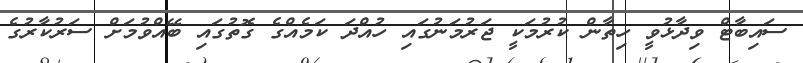
ސައިބާޓް ވިދާޅުވީ ހިތާން ކުރުމަކީ ޖަރުމަނުގައި ހުއްދަ ކަމެއްގެ ގޮތުގައި ބޭއްވުމަށް ސަރުކާރުގެ